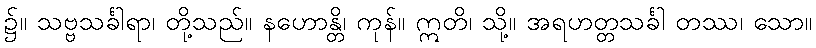
၌။ သဗ္ဗသင်္ခါရာ၊ တို့သည်။ နဟောန္တိ၊ ကုန်။ ဣတိ၊ သို့။ အရဟတ္တသင်္ခါ တဿ၊ သော။